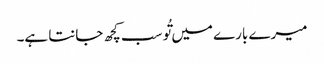
میرے بارے میں تُو سب کچھ جانتا ہے۔